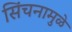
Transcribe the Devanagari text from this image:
सिंचनामुळे